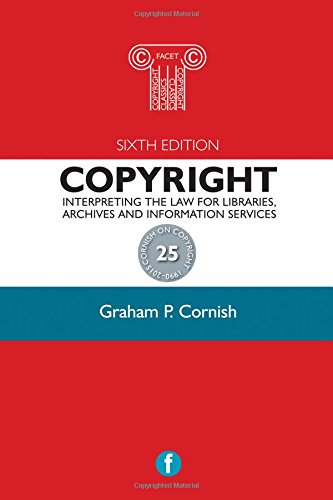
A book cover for Copyright: Interpreting the Law for Libraries, Archives and Information Services; Graham P. Cornish; Law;